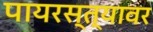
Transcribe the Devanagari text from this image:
पायरस्त्यावर